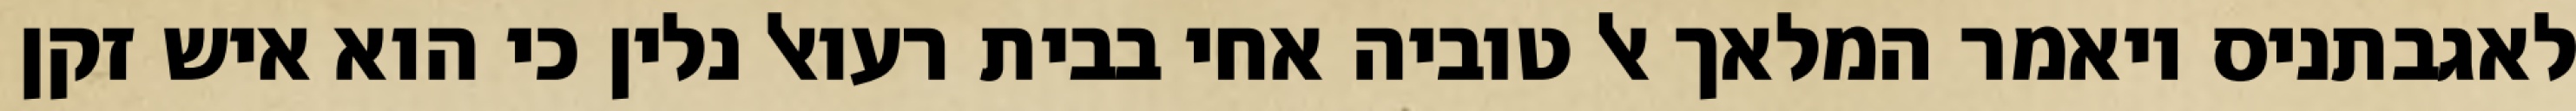
לאגבתניס ויאמר המלאך אל טוביה אחי בבית רעואל נלין כי הוא איש זקן